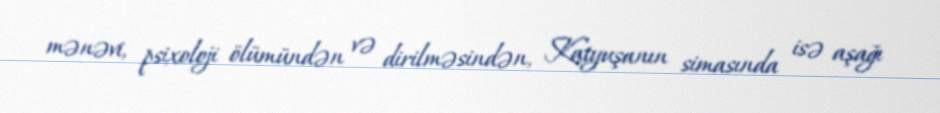
mənəvi, psixoloji ölümündən və dirilməsindən, Katyuşanın simasında isə aşağı